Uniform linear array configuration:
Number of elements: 12
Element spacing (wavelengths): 0.25
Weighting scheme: hamming
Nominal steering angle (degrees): -30
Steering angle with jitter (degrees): -28.264
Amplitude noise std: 0.05
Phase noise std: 0.05

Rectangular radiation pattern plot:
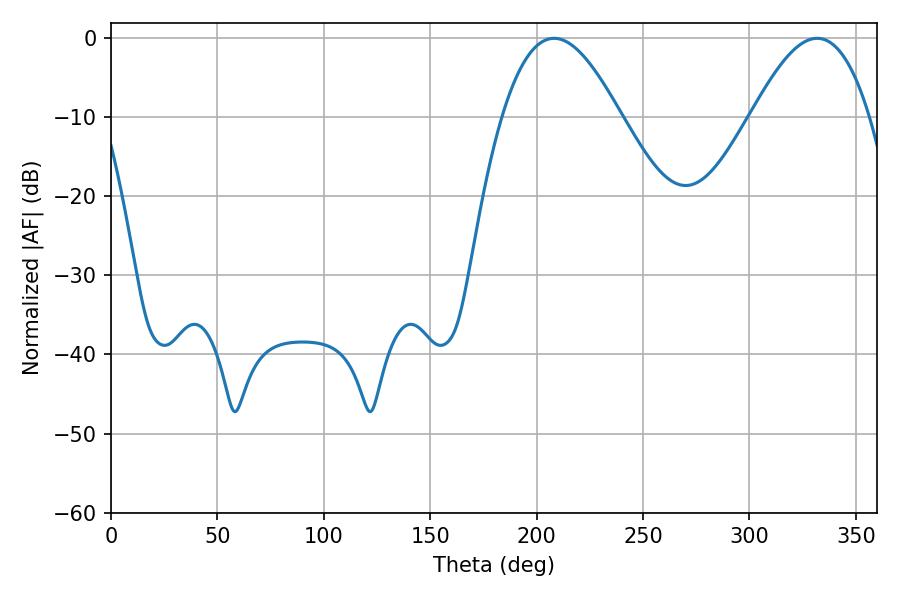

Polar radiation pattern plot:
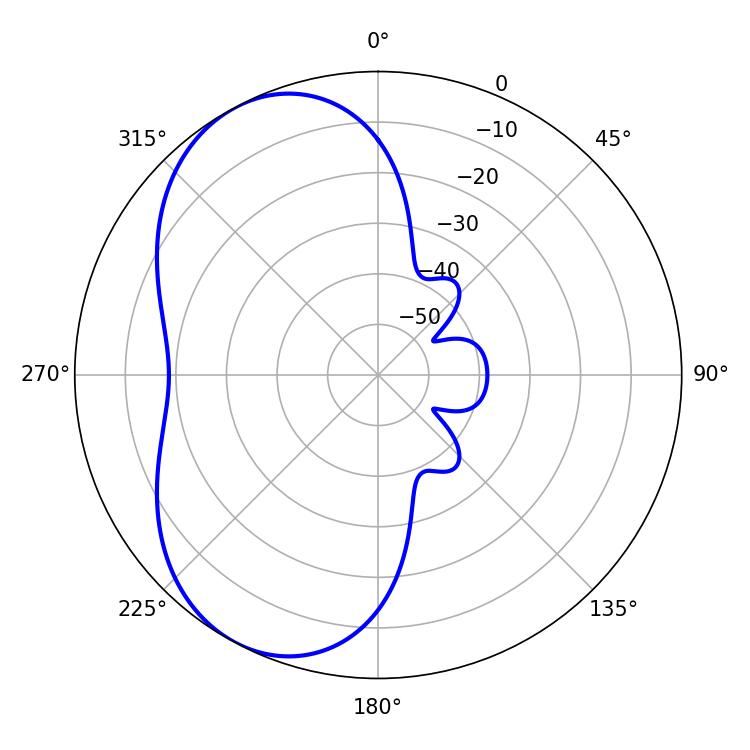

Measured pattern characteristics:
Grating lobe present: FALSE
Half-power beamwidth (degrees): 30.06
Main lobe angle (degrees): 208.26